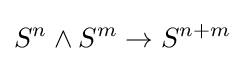
S^{n}\wedge S^{m}\to S^{n+m}